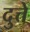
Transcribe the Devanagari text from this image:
दुत्ते